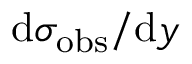
\mathrm { d } \sigma _ { \mathrm { o b s } } / \mathrm { d } y